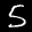
Label: 5